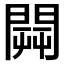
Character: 𨵑